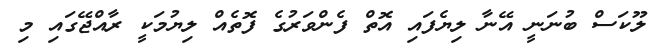
ލޫކަސް ބުނަނީ އޭނާ ލިޔެފައި އޮތް ފެންވަރުގެ ފޮތެއް ލިޔުމަކީ ރާއްޖޭގައި މި